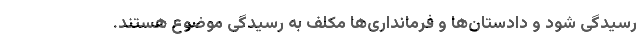
رسیدگی شود و دادستان‌ها و فرمانداری‌ها مکلف به رسیدگی موضوع هستند.